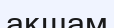
ақшам